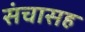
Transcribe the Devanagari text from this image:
संचासह